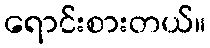
ရောင်းစားတယ်။